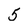
Character: 5